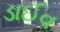
ડાઈવ